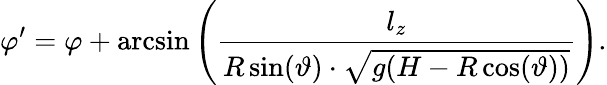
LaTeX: \varphi^{\prime}=\varphi+\arcsin\left(\frac{l_{z}}{R\sin(\vartheta)\cdot\sqrt{g(H-R\cos(\vartheta))}}\right).